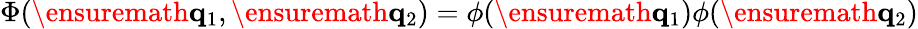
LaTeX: \Phi(\ensuremath{\mathbf{q}}_{1},\ensuremath{\mathbf{q}}_{2})=\phi(\ensuremath{\mathbf{q}}_{1})\phi(\ensuremath{\mathbf{q}}_{2})